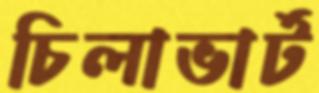
চিলাভার্ট